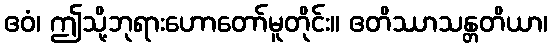
ဧဝံ၊ ဤသို့ဘုရားဟောတော်မူတိုင်း။ ဧတိဿာသန္တတိယာ၊